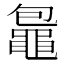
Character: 𪓠